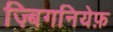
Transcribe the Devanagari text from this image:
ज़्बिगनियेफ़